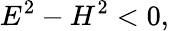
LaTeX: E^{2}-H^{2}<0,